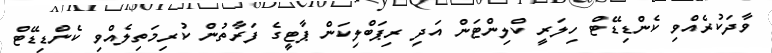
ވާދަކުރެއްވި ކެންޑިޑޭޓް ހިލަރީ ކްލިންޓަން އަދި ރިޕަބްލިކަން ޕާޓީގެ ފަރާތުން ކުރިމަތިލެއްވި ކެންޑިޑޭޓް